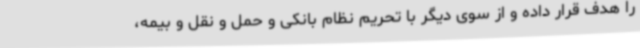
را هدف قرار داده و از سوی دیگر با تحریم نظام بانکی و حمل و نقل و بیمه،